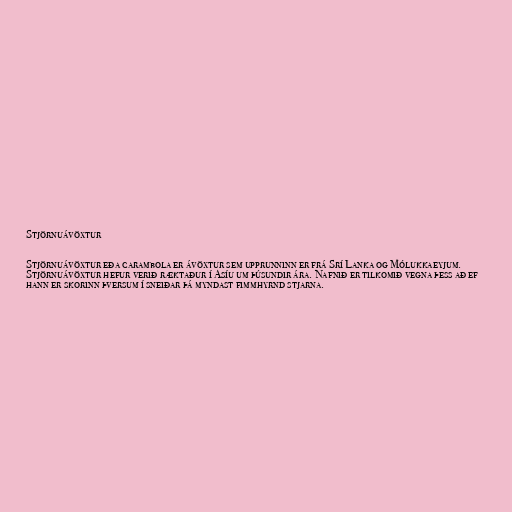
Stjörnuávöxtur

Stjörnuávöxtur eða carambola er ávöxtur sem upprunninn er frá Srí Lanka og Mólukkaeyjum.
Stjörnuávöxtur hefur verið ræktaður í Asíu um þúsundir ára. Nafnið er tilkomið vegna þess að ef
hann er skorinn þversum í sneiðar þá myndast fimmhyrnd stjarna.